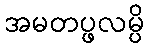
အမတပ္ဖလမ္ပိ